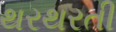
થરથરતી